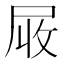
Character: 𡱙